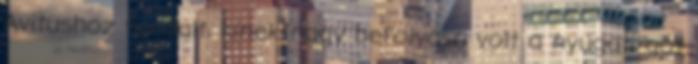
Avitushoz fordult, kinek nagy befolyása volt a nyugati gót